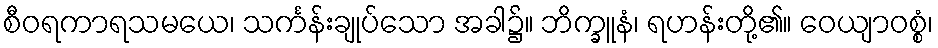
စီဝရကာရသမယေ၊ သင်္ကန်းချုပ်သော အခါ၌။ ဘိက္ခူနံ၊ ရဟန်းတို့၏။ ဝေယျာဝစ္စံ၊